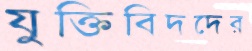
যুক্তিবিদদের